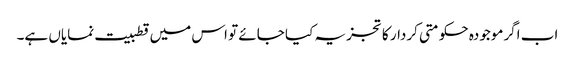
اب اگرموجودہ حکومتی کردار کا تجزیہ کیا جائے تو اس میں قطبیت نمایاں ہے۔